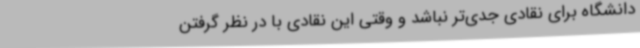
دانشگاه برای نقادی جدی‌تر نباشد و وقتی این نقادی با در نظر گرفتن